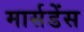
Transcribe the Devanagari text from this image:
मार्सडेंस